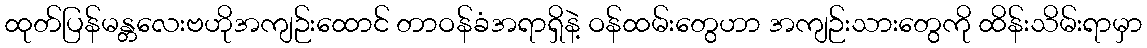
ထုတ်ပြန်မန္တလေးဗဟိုအကျဉ်းထောင် တာဝန်ခံအရာရှိနဲ့ ဝန်ထမ်းတွေဟာ အကျဉ်းသားတွေကို ထိန်းသိမ်းရာမှာ